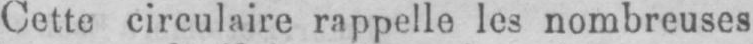
Cette circulaire rappelle les nombreuses